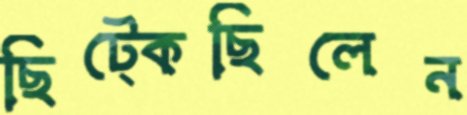
ছিট্‌কেছিলেন